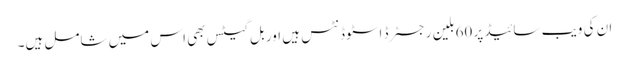
ان کی ویب سائیڈ پر 60بلین رجسٹرڈ اسٹوڈنٹس ہیں اور بل گیٹس بھی اس میں شامل ہیں۔